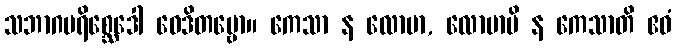
သဘာဂပရိစ္ဆေဒေါ ဝေဒိတဗ္ဗော။ ကေသာ န လောမာ, လောမာပိ န ကေသာတိ ဧဝံ